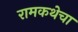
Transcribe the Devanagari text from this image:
रामकथेचा